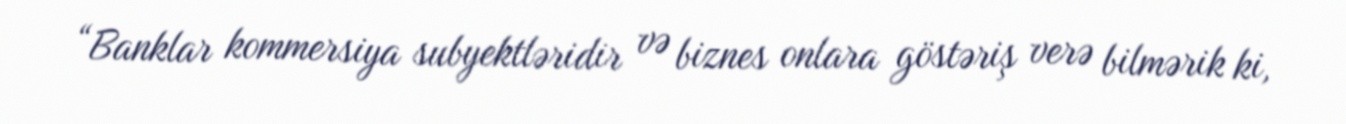
“Banklar kommersiya subyektləridir və biznes onlara göstəriş verə bilmərik ki,